Civil Veterinary Dept. Bombay admin report 1923-31 - 1923-1931
Year: 1923
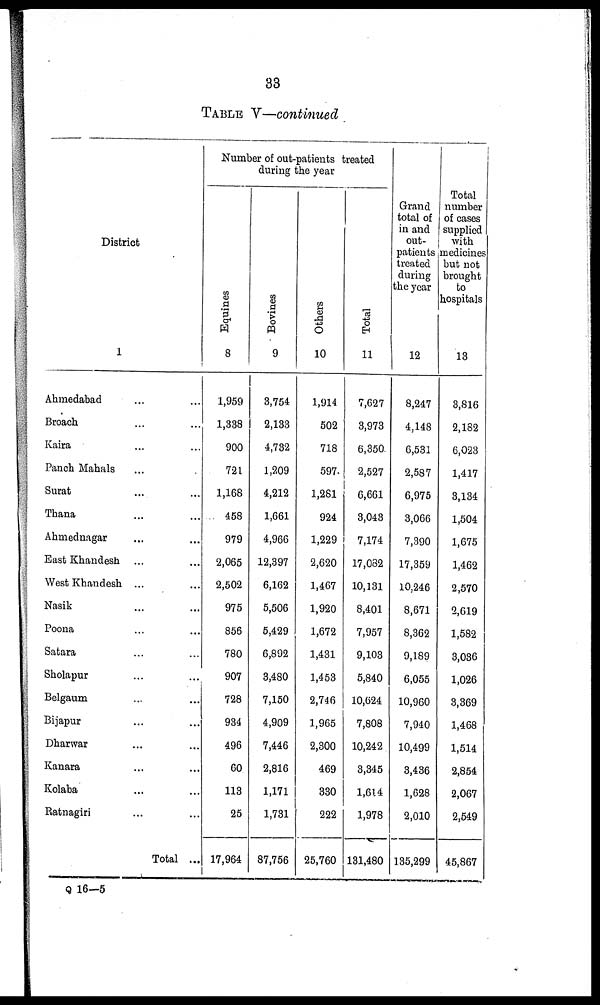
33
TABLE V—continued
District
1
Ahmedabad ... ...
Broach ... ...
Kaira ... ...
Panch Mahals ... ...
Surat ... ...
Thana ... ...
Ahmednagar ... ...
East Khandesh ... ...
West Khandesh ... ...
Nasik ... ...
Poona ... ...
Satara ... ...
Sholapur ... ...
Belgaum ... ...
Bijapur ... ...
Dharwar ... ...
Kanara ... ...
Kolaba ... ...
Ratnagiri ... ...
Total ...
Number of out-patients treated
during the year
Equi nes
8
1,959
1,338
900
721
1,168
458
979
2,065
2,502
975
856
780
907
728
934
496
60
113
25
17,964
Bovi ne s
9
3,754
2,133
4,732
1,209
4,212
1,661
4,966
12,397
6,162
5,506
5,429
6,892
3,480
7,150
4,909
7,446
2,816
1,171
1,731
87,756
Ot her s
10
1,914
502
718
597
1,281
924
1,229
2,620
1,467
1,920
1,672
1,431
1,453
2,746
1,965
2,300
469
330
222
25,760
Tot al
11
7,627
3,973
6,350
2,527
6,661
3,043
7,174
17,082
10,131
8,401
7,957
9,103
5,840
10,624
7,808
10,242
3,345
1,614
1,978
131,480
Grand
total of
in and
out-
patients
treated
during
the year
12
8,247
4,148
6,531
2,587
6,975
3,066
7,390
17,359
10,246
8,671
8,362
9,189
6,055
10,960
7,940
10,499
3,436
1,628
2,010
135,299
Total
number
of cases
supplied
with
medicines
but not
brought
to
hospitals
13
3,816
2,182
6,023
1,417
3,134
1,504
1,675
1,462
2,570
2,619
1,582
3,036
1,026
3,369
1,468
1,514
2,854
2,067
2,549
45,867
Q 16—5